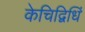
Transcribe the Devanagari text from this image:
केचिद्विधिं